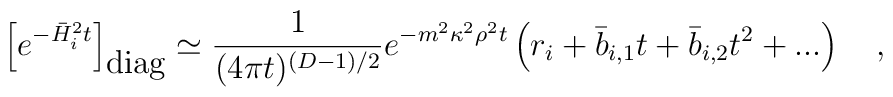
\left[ e^{-\bar{H}_i^2t} \right]_{\mbox{diag}}\simeq{1 \over (4\pi t)^{(D-1)/2}}e^{-m^2\kappa^2\rho^2 t}\left(r_i+\bar{b}_{i,1}t+\bar{b}_{i,2}t^2+...\right)~~~,